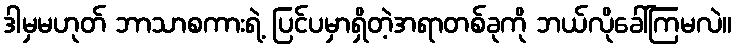
ဒါမှမဟုတ် ဘာသာစကားရဲ့ ပြင်ပမှာရှိတဲ့အရာတစ်ခုကို ဘယ်လိုခေါ်ကြမလဲ။